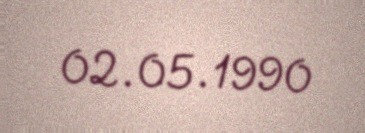
02.05.1990